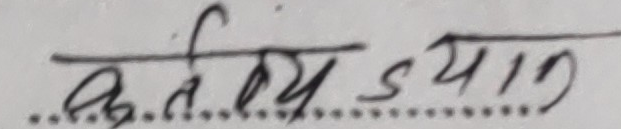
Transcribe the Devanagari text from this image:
कतै ध्यान